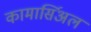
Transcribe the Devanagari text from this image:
कामार्सिअल